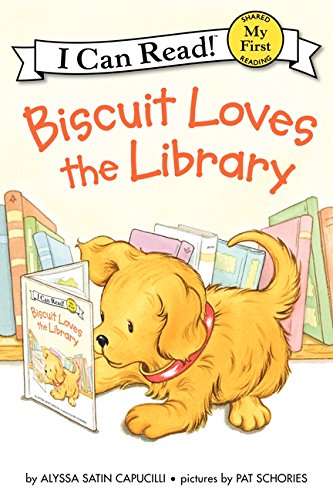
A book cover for Biscuit Loves the Library (My First I Can Read); Alyssa Satin Capucilli; Children's Books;